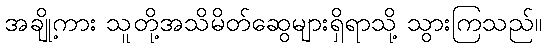
အချို့ကား သူတို့အသိမိတ်ဆွေများရှိရာသို့ သွားကြသည်။